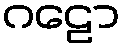
ဂဠော